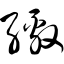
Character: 缴